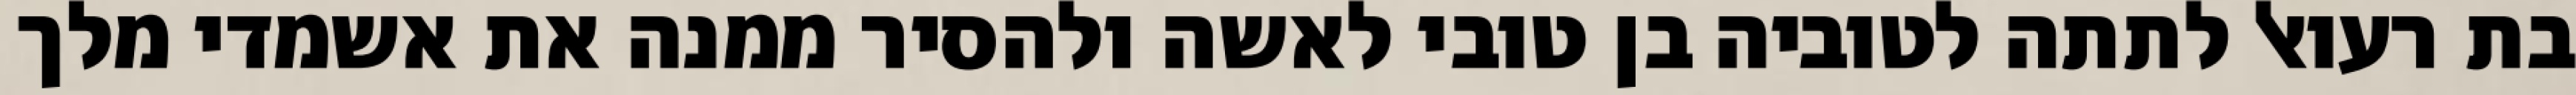
בת רעואל לתתה לטוביה בן טובי לאשה ולהסיר ממנה את אשמדי מלך